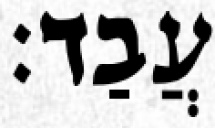
עֲבַד׃